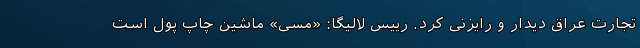
تجارت عراق دیدار و رایزنی کرد. رییس لالیگا: «مسی» ماشین چاپ پول است